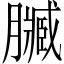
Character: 𮍄